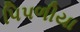
પિપળીયા